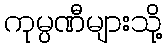
ကုမ္ပဏီများသို့